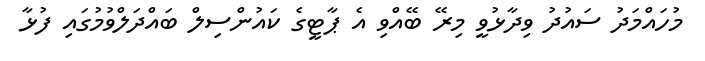
މުހައްމަދު ސައުދު ވިދާޅުވީ މިރޭ ބޭއްވި އެ ޕާޓީގެ ކައުންސިލް ބައްދަލްވުމުގައި ފުޅާ